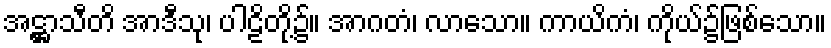
အဋ္ဌာသီတိ အာဒီသု၊ ပါဠိတို့၌။ အာဂတံ၊ လာသော။ ကာယိကံ၊ ကိုယ်၌ဖြစ်သော။